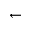
\gets